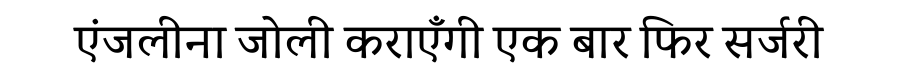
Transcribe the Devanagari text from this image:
एंजलीना जोली कराएँगी एक बार फिर सर्जरी